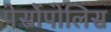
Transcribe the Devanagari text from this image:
पेर्सोपोलिस